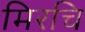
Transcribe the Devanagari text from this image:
मिरचि